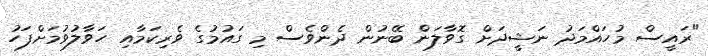
"ރައީސް މުހައްމަދު ނަޝީދަށް ގޮވާލަން ބޭނުން ދެންވެސް މި ގައުމުގެ ވެރިކަމާއި ހަވާލުވުމަށްފަހު